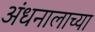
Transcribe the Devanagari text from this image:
अंधनालाच्या